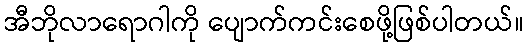
အီဘိုလာရောဂါကို ပျောက်ကင်းစေဖို့ဖြစ်ပါတယ်။